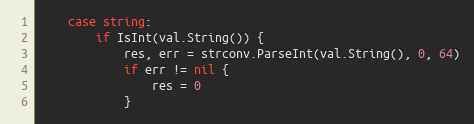
Language: Go
	case string:
		if IsInt(val.String()) {
			res, err = strconv.ParseInt(val.String(), 0, 64)
			if err != nil {
				res = 0
			}